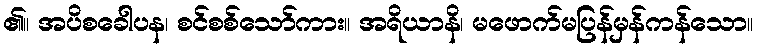
၏။ အပိစခေါပန၊ စင်စစ်သော်ကား။ အရိယာနိ၊ မဖောက်မပြန်မှန်ကန်သော။